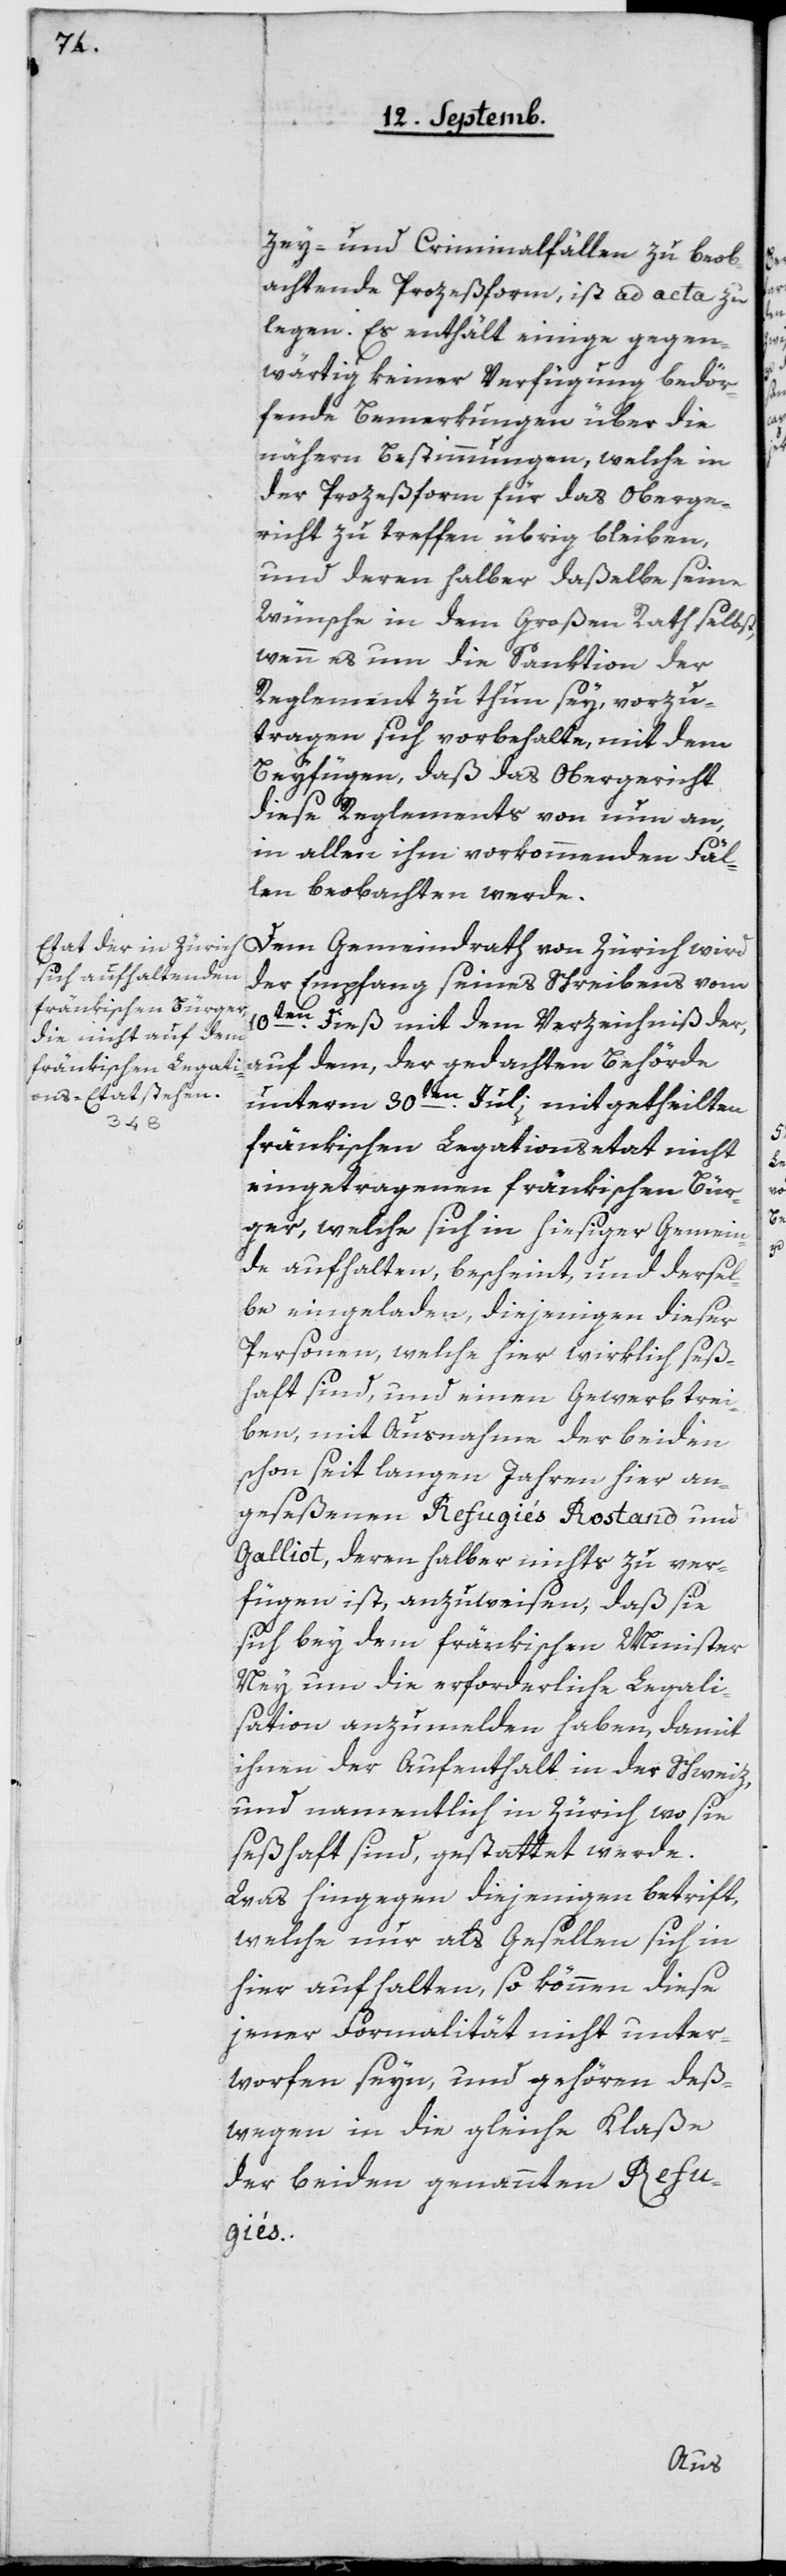
zey- und Criminalfällen zu beob¬
achtende Prozeßform, ist ad acta zu
legen. Es enthält einige gegen¬
wärtig keiner Verfügung bedör¬
fende Bemerkungen über die
nähern Bestimmungen, welche in
der Prozeßform für das Oberge¬
richt zu treffen übrig bleiben,
und deren halber daßelbe seine
Wünsche in dem Großen Rath selbst,
wenn es um die Sanktion der
Reglement[s] zu thun sey, vorzu¬
tragen sich vorbehalte, mit dem
Beyfügen, daß das Obergericht
diese Reglements von nun an,
in allen ihm vorkommenden Fäl¬
len beobachten werde.
Dem Gemeindrath von Zürich wird
der Empfang seines Schreibens vom
10ten dieß mit dem Verzeichniß der,
auf dem, der gedachten Behörde
unterm 30ten Juli, mitgetheilten
fränkischen Legationsetat nicht
eingetragenen fränkischen Bür¬
ger, welche sich in hiesiger Gemein¬
de aufhalten, bescheint, und dersel¬
be eingeladen, diejenigen dieser
Personen, welche hier wirklich seß¬
haft sind, und einen Gewerb trei¬
ben, mit Ausnahme der beiden
schon seit langen Jahren hier an¬
geseßenen Refugiés Rostand und
Galliot, deren halber nichts zu ver¬
fügen ist, anzuweisen, daß sie
sich bey dem fränkischen Minister
Ney um die erforderliche Legali¬
sation anzumelden haben, damit
ihnen der Aufenthalt in der Schweiz
und namentlich in Zürich, wo sie
seßhaft sind, gestattet werde.
Was hingegen diejenigen betrifft,
welche nur als Gesellen sich in
hier aufhalten, so können diese
jener Formalität nicht unter¬
worfen seyn, und gehören deß¬
wegen in die gleiche Klaße
der beiden genannten Refu¬
giés.